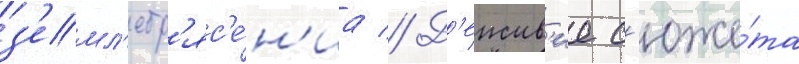
з'емл'етр'яс'е́н'иа // Д'еиств'ие с'юже́та